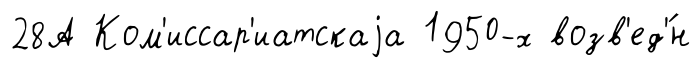
28А Ком'иссар'иатскаjа 1950-х возв'ед'́н